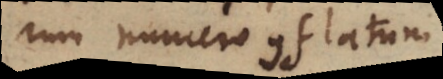
rum numero conflatum